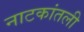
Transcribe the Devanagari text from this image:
नाटकांतली